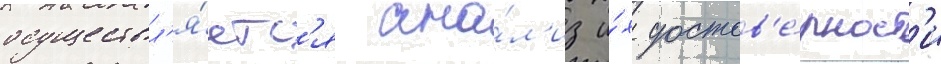
осуществл'я́етс'я ана́л'из и́х достов'е́рност'и